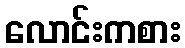
လောင်းကစား